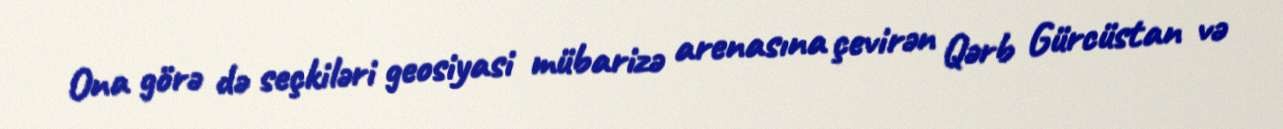
Ona görə də seçkiləri geosiyasi mübarizə arenasına çevirən Qərb Gürcüstan və